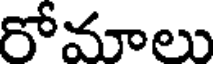
రోమాలు